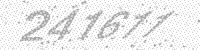
Solution: 241611